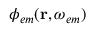
\phi _ { e m } ( \mathbf { r } , \omega _ { e m } )